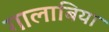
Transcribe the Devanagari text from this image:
गालाबिया